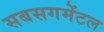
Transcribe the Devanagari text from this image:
सबसगमेंटल